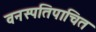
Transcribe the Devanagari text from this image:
वनस्पतिपाचित